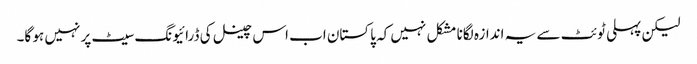
لیکن پہلی ٹوئٹ سے یہ اندازہ لگانا مشکل نہیں کہ پاکستان اب اس چینل کی ڈرائیونگ سیٹ پر نہیں ہو گا۔